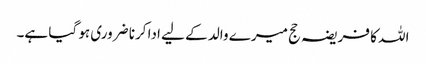
اللہ کا فریضہ حج میرے والد کے لیے ادا کرنا ضروری ہو گیا ہے۔